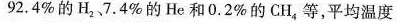
92。4%的H，7.4%的He和0.2%的CH。等，平均温度